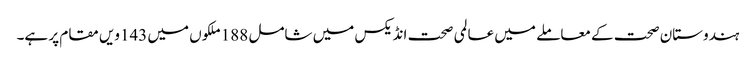
ہندوستان صحت کے معاملے میں عالمی صحت انڈیکس میں شامل 188ملکوں میں 143ویں مقام پر ہے۔